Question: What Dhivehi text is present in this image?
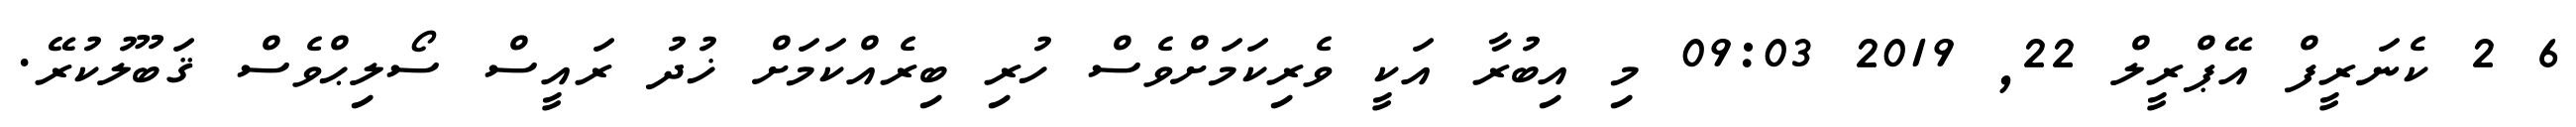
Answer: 6 2 ކެނަރީފް އޭޕްރީލް 22, 2019 09:03 މި އިބުރާ އަކީ ވެރިކަމަށްވެސް ހުރި ބިރެއްކަމަށް ޚުދު ރައީސް ސޯލިޙްވެސް ޤަބޫލުކުރޭ.